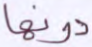
دونها